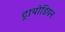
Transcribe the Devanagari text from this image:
ट्रायोडियन